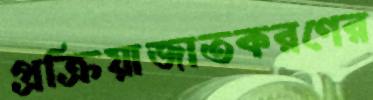
প্রক্রিয়াজাতকরণের